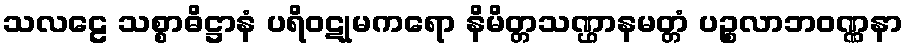
သလဠေ သစ္စာဓိဋ္ဌာနံ ပရိဝဋုမကရော နိမိတ္တသဏ္ဌာနမတ္တံ ပဉ္စလာဘဝဏ္ဏနာ